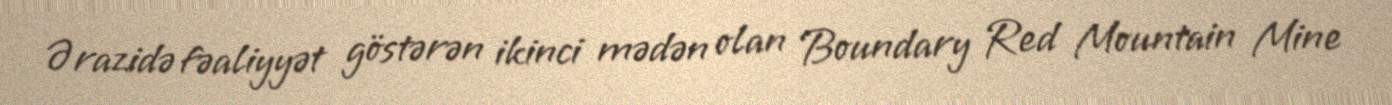
Ərazidə fəaliyyət göstərən ikinci mədən olan Boundary Red Mountain Mine